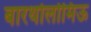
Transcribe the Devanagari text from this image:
बारथोलोमिऊ